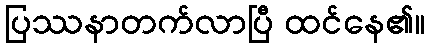
ပြဿနာတက်လာပြီ ထင်နေ၏။